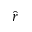
\hat { r }